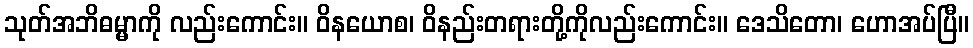
သုတ်အဘိဓမ္မာကို လည်းကောင်း။ ဝိနယောစ၊ ဝိနည်းတရားတို့ကိုလည်းကောင်း။ ဒေသိတော၊ ဟောအပ်ပြီ။